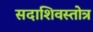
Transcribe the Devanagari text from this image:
सदाशिवस्तोत्र